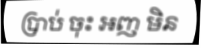
ប្រាប់ ចុះ អញ មិន